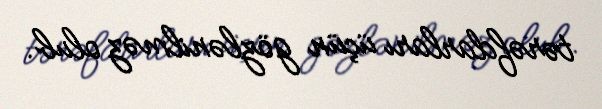
tərəfdarları üçün gözlənilməz olub.